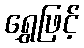
ရွှေဖြင့်